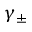
\gamma _ { \pm }